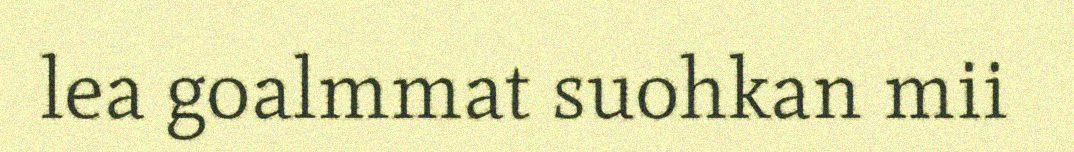
lea goalmmat suohkan mii